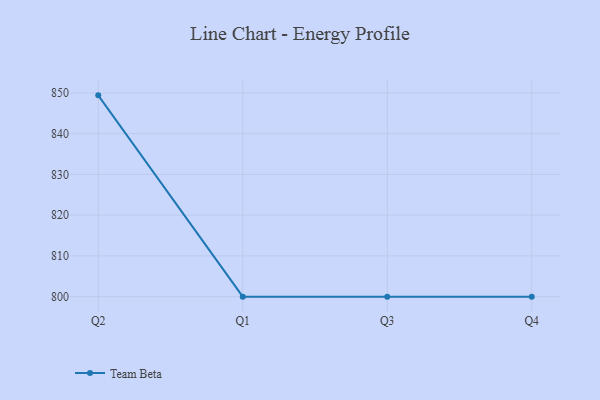
{"axis": {"x": "Quarter", "y": "Bounce Rate (%)"}, "legend": ["Team Beta"], "data": [{"x": "Q2", "y": 849.4, "type": "Team Beta"}, {"x": "Q1", "y": 800, "type": "Team Beta"}, {"x": "Q3", "y": 800, "type": "Team Beta"}, {"x": "Q4", "y": 800, "type": "Team Beta"}]}